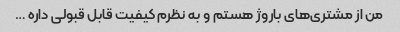
من از مشتری‌های باروژ هستم و به نظرم کیفیت قابل قبولی داره …